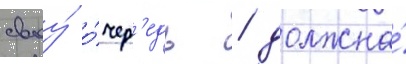
своу́ о́чер'едь / должна́